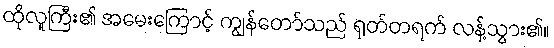
ထိုလူကြီး၏ အမေးကြောင့် ကျွန်တော်သည် ရုတ်တရက် လန့်သွား၏။